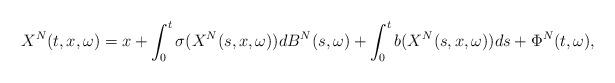
LaTeX: \begin{align*} X^N(t,x,\omega)=x+\int_0^t\sigma(X^N(s,x,\omega))dB^{N}(s,\omega)+\int_0^tb(X^N(s,x,\omega))ds+\Phi^N(t,\omega),\end{align*}